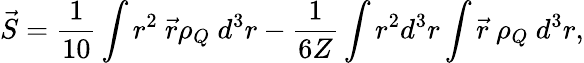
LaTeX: \vec{S}=\frac{1}{10}\int r^{2}\ \vec{r}\rho_{Q}\ d^{3}r-\frac{1}{6Z}\int r^{2}d^{3}r\int\vec{r}\ \rho_{Q}\ d^{3}r,